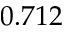
0 . 7 1 2